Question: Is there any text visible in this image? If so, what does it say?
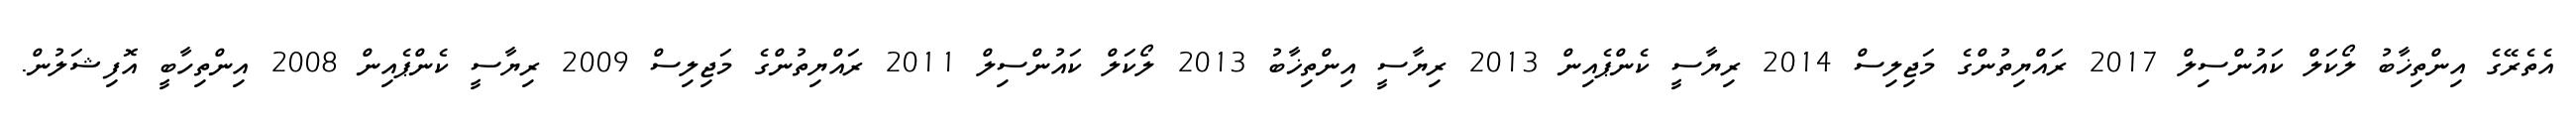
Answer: އެތެރޭގެ އިންތިޚާބު ލޯކަލް ކައުންސިލް 2017 ރައްޔިތުންގެ މަޖިލިސް 2014 ރިޔާސީ ކެންޕެއިން 2013 ރިޔާސީ އިންތިޚާބު 2013 ލޯކަލް ކައުންސިލް 2011 ރައްޔިތުންގެ މަޖިލިސް 2009 ރިޔާސީ ކެންޕެއިން 2008 އިންތިހާބީ އޮފިޝަލުން.